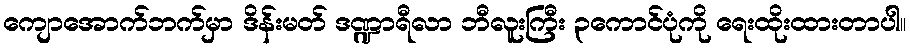
ကျောအောက်ဘက်မှာ ဒိန်းမတ် ဒဏ္ဍာရီလာ ဘီလူးကြီး ၃ကောင်ပုံကို ရေးထိုးထားတာပါ။